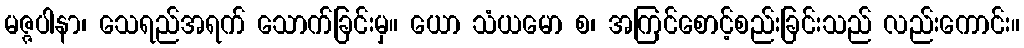
မဇ္ဇပါနာ၊ သေရည်အရက် သောက်ခြင်းမှ။ ယော သံယမော စ၊ အကြင်စောင့်စည်းခြင်းသည် လည်းကောင်း။